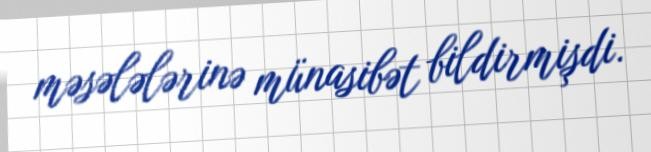
məsələlərinə münasibət bildirmişdi.